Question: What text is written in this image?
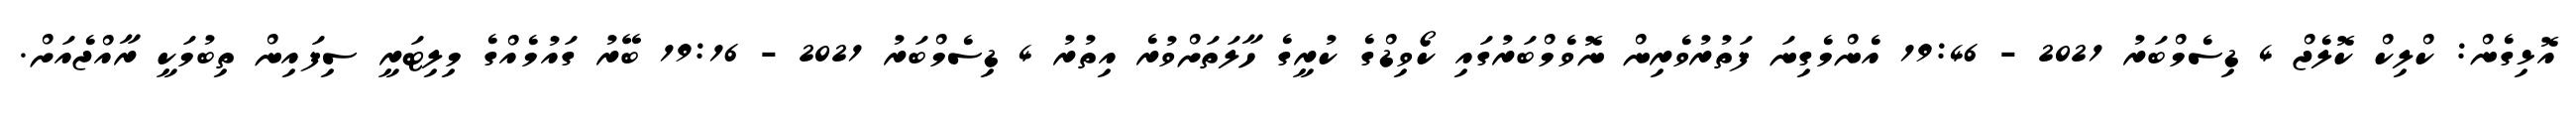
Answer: އޮޅިގެން: ކްލިކް ކޮލެޖް 4 ޑިސެމްބަރު 2021 - 19:46 އެންމެގިނަ ފަތުރުވެރިން ނޮވެމްބަރުގައި ކޯވިޑްގެ ކުރީގެ ހާލަތަށްވުރެ އިތުރު 4 ޑިސެމްބަރު 2021 - 19:16 ބޭރު ގައުމެއްގެ މިލިޓަރީ ސިފައިން ތިބުމަކީ ރާއްޖެއަށް.